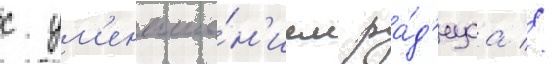
с ум'еньше́н'ием ра́д'иуса //